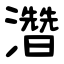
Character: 濳